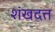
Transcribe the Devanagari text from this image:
शंखदत्त